Punjab Mental Hospital Lahore 1922-31 - 1922-1931
Year: 1922
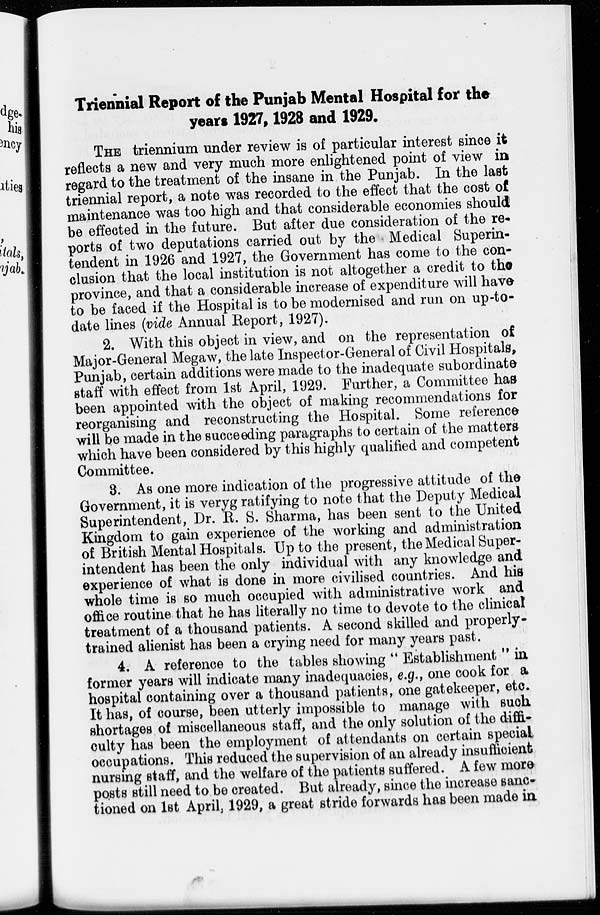
Triennial Report of the Punjab Mental Hospital for the
years 1927,1928 and 1929.
THE triennium under review is of particular interest since it
reflects a new and very much more enlightened point of view in
regard to the treatment of the insane in the Punjab. In the last
triennial report, a note was recorded to the effect that the cost of
maintenance was too high and that considerable economies should
be effected in the future. But after due consideration of the re-
ports of two deputations carried out by the Medical Superin-
tendent in 1926 and 1927, the Government has come to the con-
clusion that the local institution is not altogether a credit to the
province, and that a considerable increase of expenditure will have
to be faced if the Hospital is to be modernised and run on up-to-
date lines (vide Annual Report, 1927).
2. With this object in view, and on the representation of
Major-General Megaw, the late Inspector-General of Civil Hospitals,
Punjab, certain additions were made to the inadequate subordinate
staff with effect from 1st April, 1929. Further, a Committee has
been appointed with the object of making recommendations for
reorganising and reconstructing the Hospital. Some reference
will be made in the succeeding paragraphs to certain of the matters
which have been considered by this highly qualified and competent
Committee.
3. As one more indication of the progressive attitude of the
Government, it is veryg ratifying to note that the Deputy Medical
Superintendent, Dr. R. S. Sharma, has been sent to the United
Kingdom to gain experience of the working and administration
of British Mental Hospitals. Up to the present, the Medical Super-
intendent has been the only individual with any knowledge and
experience of what is done in more civilised countries. And his
whole time is so much occupied with administrative work and
office routine that he has literally no time to devote to the clinical
treatment of a thousand patients. A second skilled and properly-
trained alienist has been a crying need for many years past.
4. A reference to the tables showing " Establishment " in
former years will indicate many inadequacies, e.g., one cook for a
hospital containing over a thousand patients, one gatekeeper, etc.
It has, of course, been utterly impossible to manage with such
shortages of miscellaneous staff, and the only solution of the diffi-
culty has been the employment of attendants on certain special
occupations. This reduced the supervision of an already insufficient
nursing staff, and the welfare of the patients suffered. A few more
posts still need to be created. But already, since the increase sanc-
tioned on 1st April, 1929, a great stride forwards has been made in